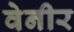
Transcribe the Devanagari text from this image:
वेनीर